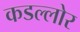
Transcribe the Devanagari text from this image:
कडल्लोर